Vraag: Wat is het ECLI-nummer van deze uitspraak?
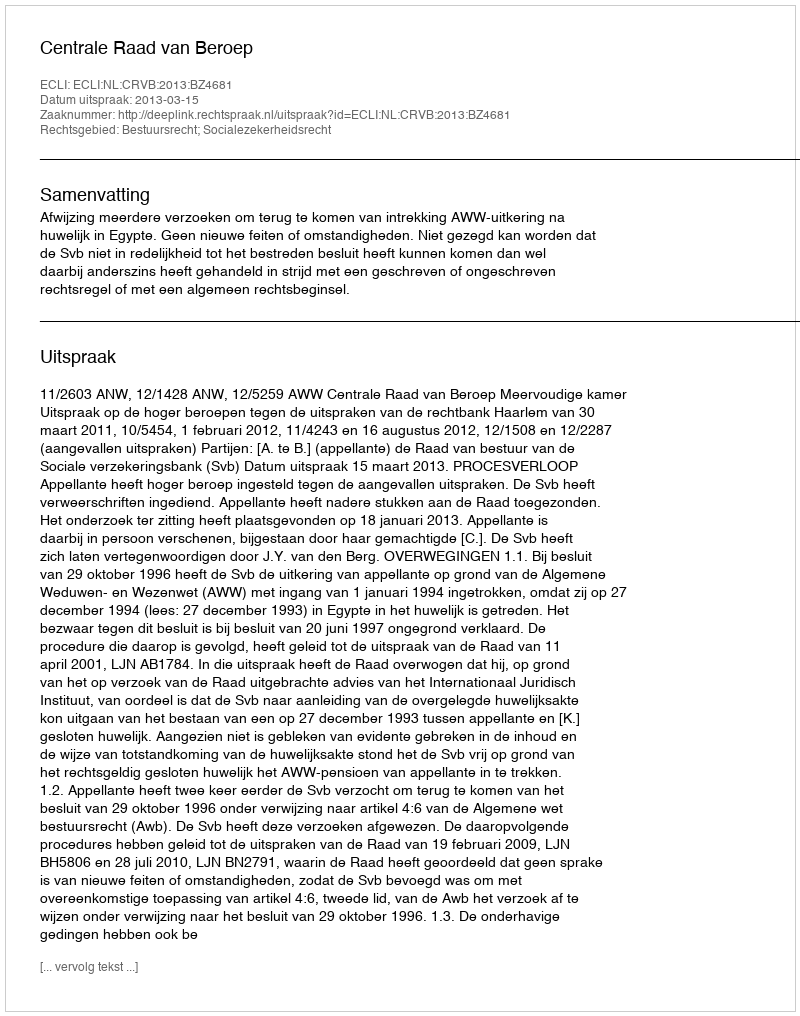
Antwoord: ECLI:NL:CRVB:2013:BZ4681